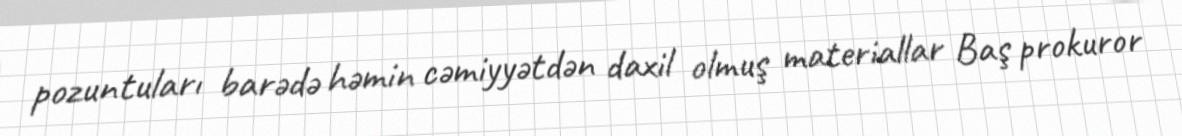
pozuntuları barədə həmin cəmiyyətdən daxil olmuş materiallar Baş prokuror